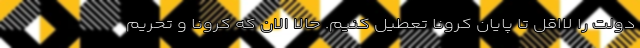
دولت را لااقل تا پایان کرونا تعطیل کنیم. حالا الان که کرونا و تحریم